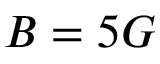
B = 5 G